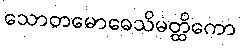
သောတမောဓေသိမတ္ထိကော